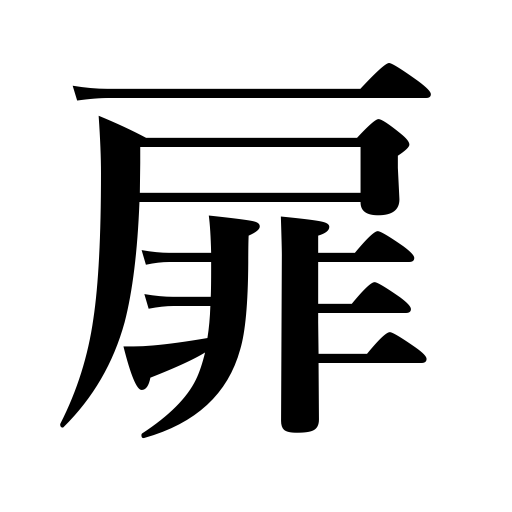
Meanings: title page,door,front page